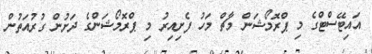
އައިިޓޭސްޓްގެ މި ޕްރޮމޯޝަން މާޗް މަހު ފެށިއިރު މި ޕްރޮމޯޝަންގެ ދަށުން ގުރުއަތުން